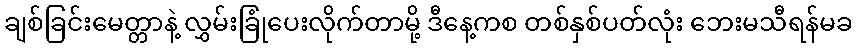
ချစ်ခြင်းမေတ္တာနဲ့ လွှမ်းခြုံပေးလိုက်တာမို့ ဒီနေ့ကစ တစ်နှစ်ပတ်လုံး ဘေးမသီရန်မခ